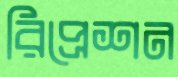
রিপ্রেশন